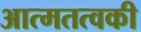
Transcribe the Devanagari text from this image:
आत्मतत्वकी